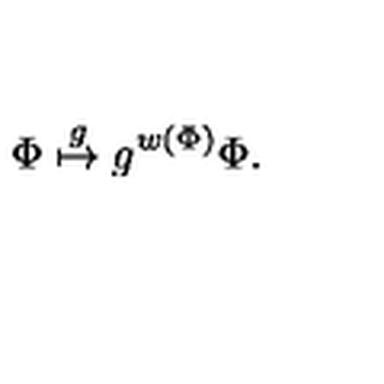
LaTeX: { \Phi } \stackrel { g } { \mapsto } g ^ { w ( { \Phi } ) } { \Phi } .